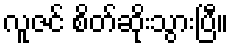
လူဇင် စိတ်ဆိုးသွားပြီ။